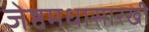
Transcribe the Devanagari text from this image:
जेष्ठमधासारखी